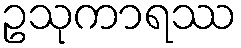
ဥသုကာရဿ